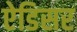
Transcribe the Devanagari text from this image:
ऐडिसर